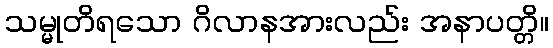
သမ္မုတိရသော ဂိလာနအားလည်း အနာပတ္တိ။